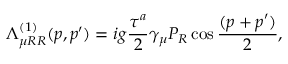
\Lambda _ { \mu R R } ^ { ( 1 ) } ( p , p ^ { \prime } ) = i g { \frac { \tau ^ { a } } { 2 } } \gamma _ { \mu } P _ { R } \cos { \frac { ( p + p ^ { \prime } ) } { 2 } } ,